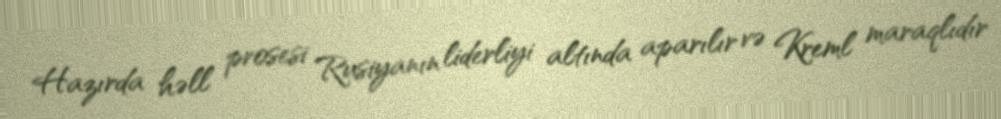
Hazırda həll prosesi Rusiyanın liderliyi altında aparılır və Kreml maraqlıdır